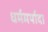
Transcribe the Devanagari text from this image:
धर्ममर्यादा